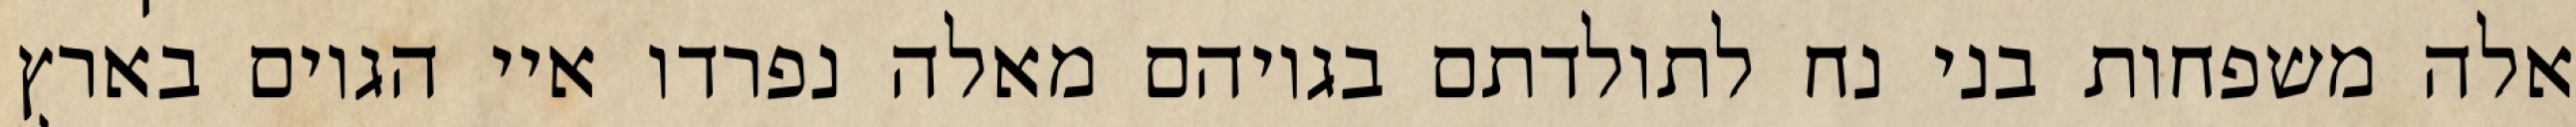
אלה משפחות בני נח לתולדתם בגויהם מאלה נפרדו איי הגוים בארץ